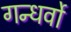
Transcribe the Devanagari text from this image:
गन्धर्वो